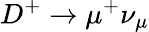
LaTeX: D^{+}\to\mu^{+}\nu_{\mu}